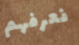
نعرفهم